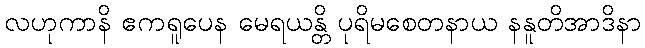
လဟုကာနိ ဧကရူပေန မေရယန္တိ ပုရိမစေတနာယ နနူတိအာဒိနာ